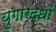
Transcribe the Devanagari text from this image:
युगार्द्धों